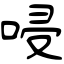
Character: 唚